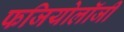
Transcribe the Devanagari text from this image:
फजियोलॉजी